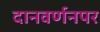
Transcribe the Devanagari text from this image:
दानवर्णनपर